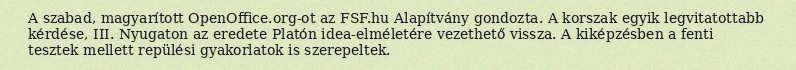
A szabad, magyarított OpenOffice.org-ot az FSF.hu Alapítvány gondozta. A korszak egyik legvitatottabb kérdése, III. Nyugaton az eredete Platón idea-elméletére vezethető vissza. A kiképzésben a fenti tesztek mellett repülési gyakorlatok is szerepeltek.